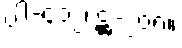
ပါ-၄၁၂၊ ဋ္ဌ-၂၀၈။